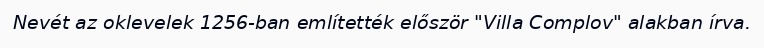
Nevét az oklevelek 1256-ban említették először "Villa Complov" alakban írva.